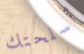
أسلحتك